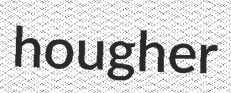
hougher